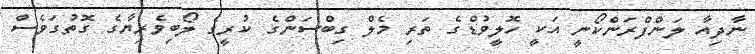
ނާދިއާ ލަންފްރަންކޯނީ އަކީ ހޮލީވުޑްގެ ތަރި މެލް ގިބްސަންގެ ކުރީގެ ލޯބިވެރިޔާގެ ގޮތުގަވެސް